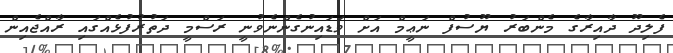
ފެލިދޫ ދާއިރާގެ މެންބަރު ޔޫސުފް ނަޢީމް އަށް ވަޑައިނުގެންނެވުނީ ރަސްމީ ދަތުރުފުޅެއްގައި ރާއްޖެއިން